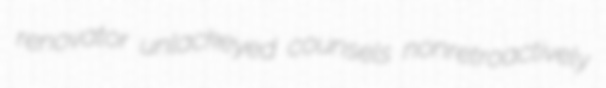
renovator unlackeyed counsels nonretroactively